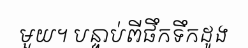
មួយ។ បន្ទាប់ពីផឹកទឹកដូង